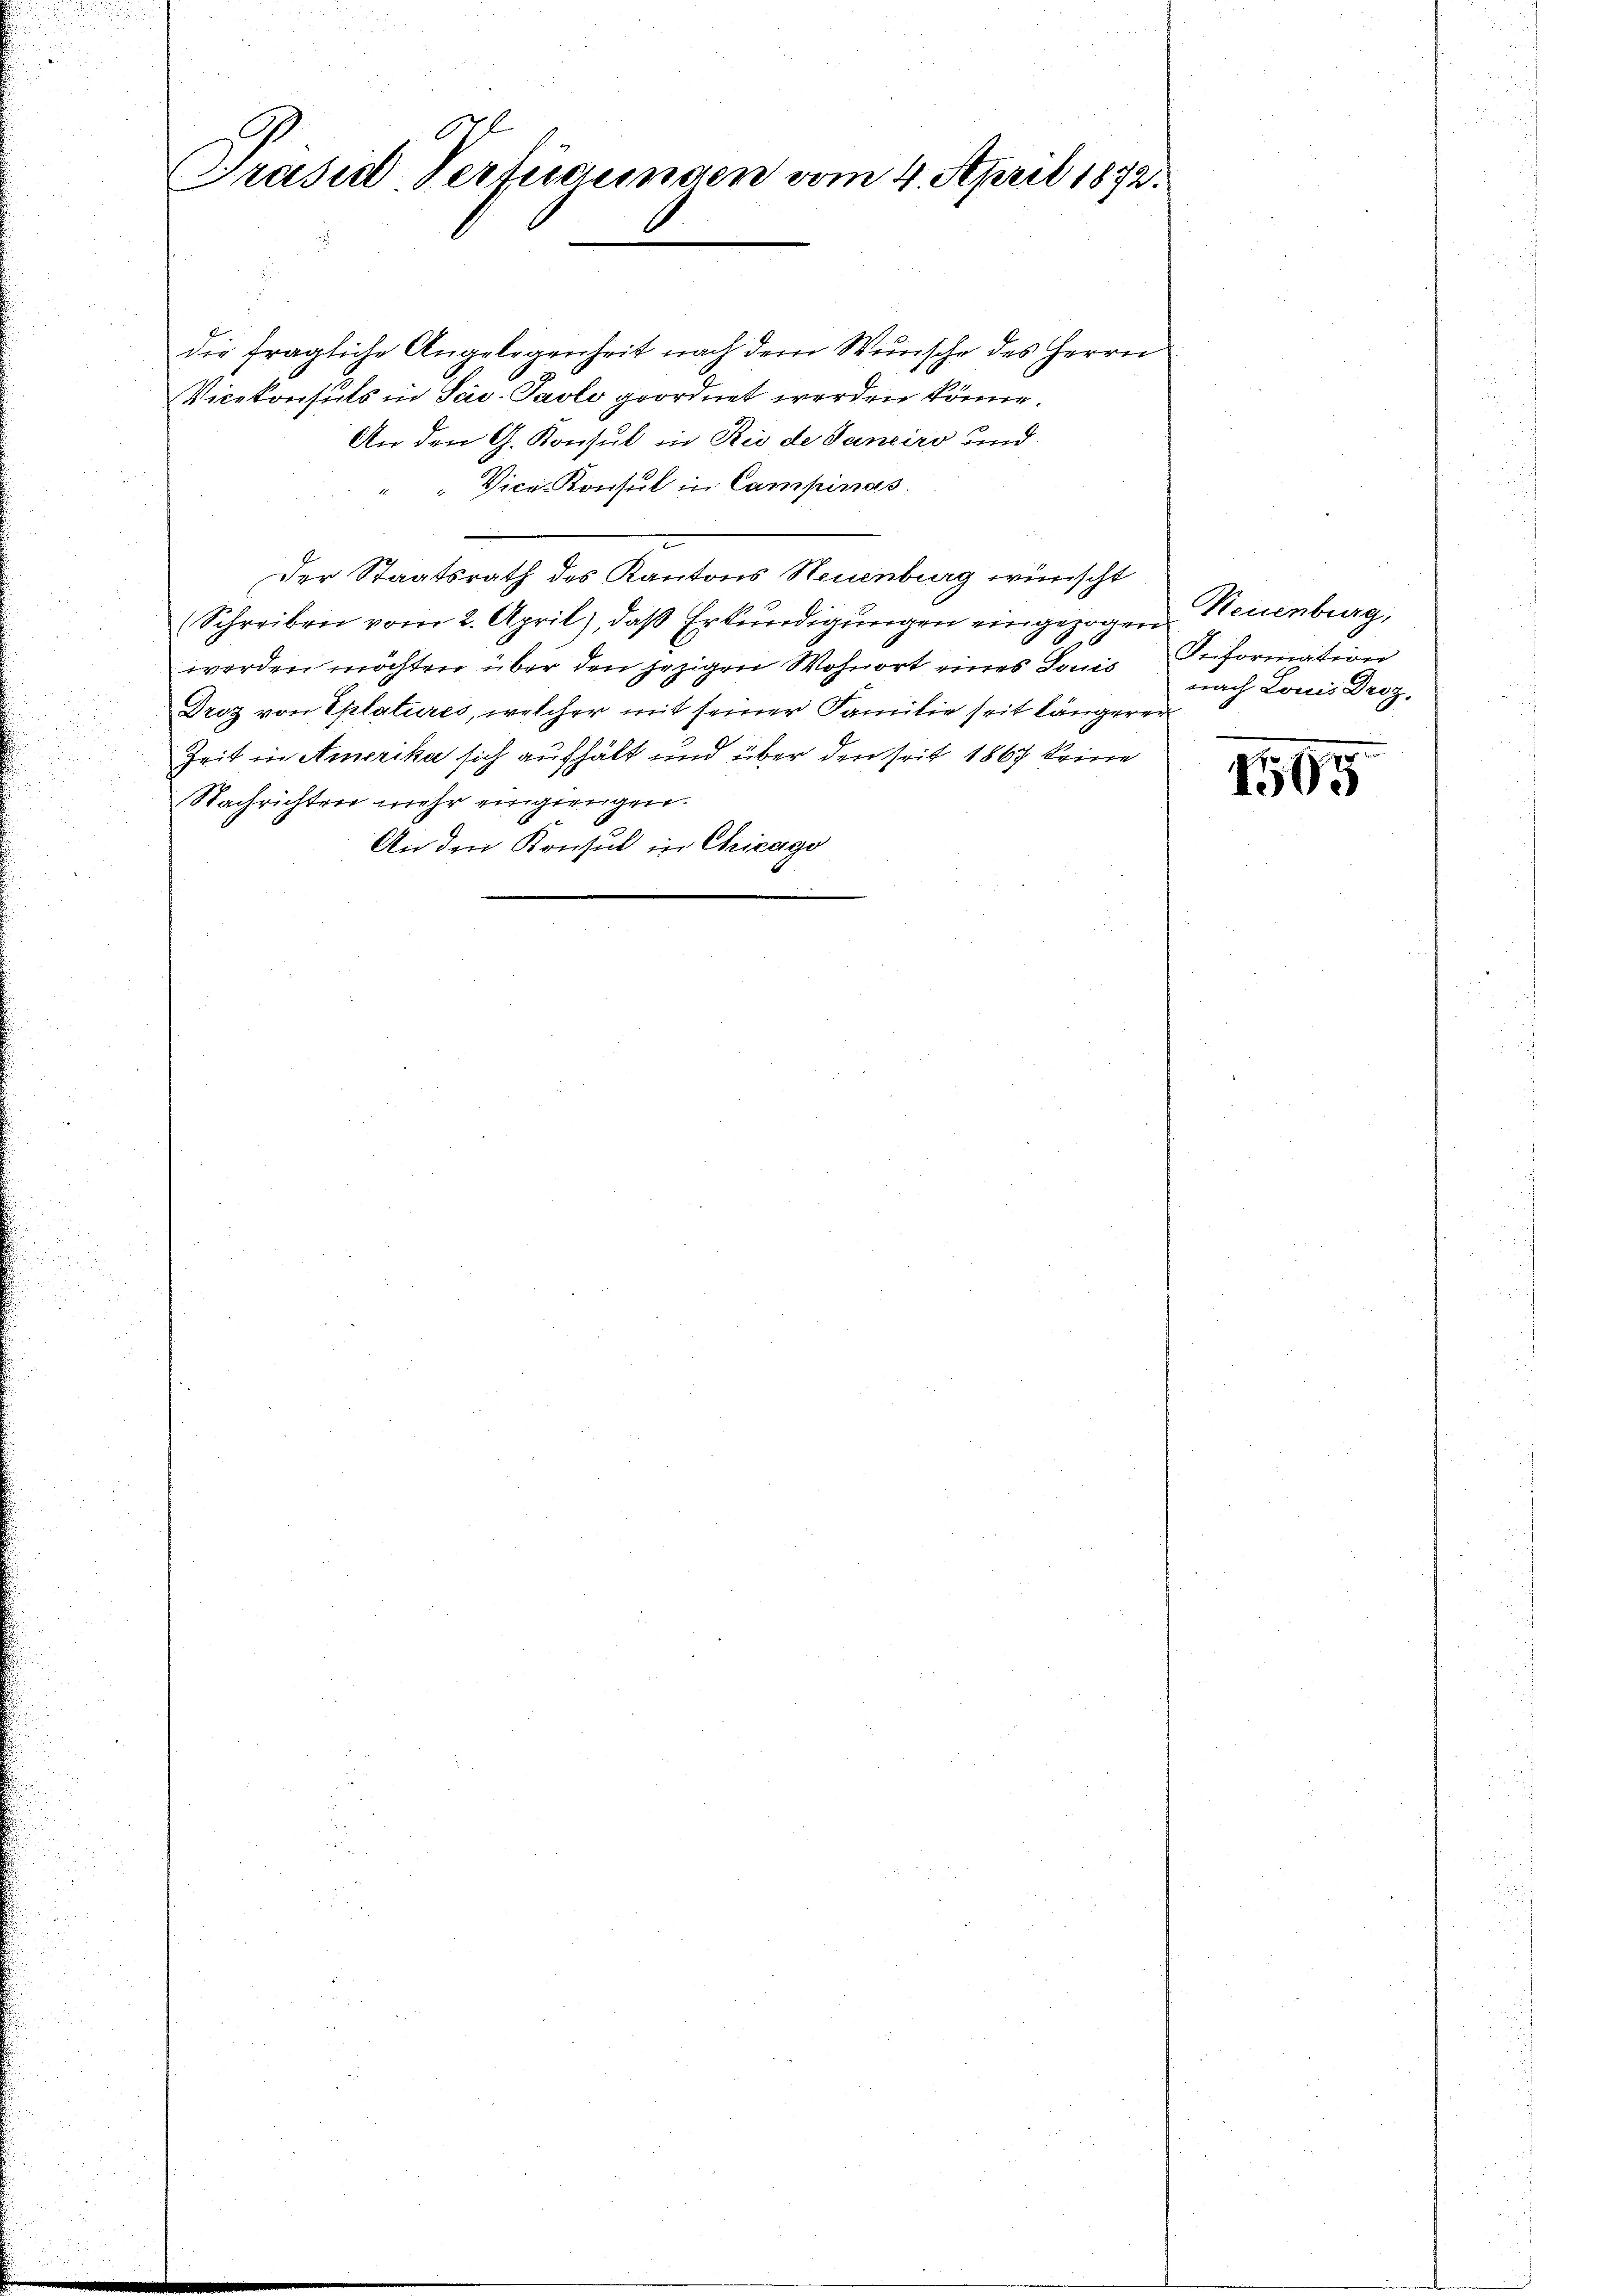
672
Präsid Vertigungen vom 4. April 1872.

die fragliche Angelegenheit nach dem Wunsche des Herrn
Vicekonsuls in Sav. Paole geordnet werden könne.
An den G. Konsul in Rio de Sanciro und
Vice-Konsul in Campinas.
Der Staatsrath des Kantons Neuenburg wünscht
Schreiben vom 2. April), daβ Erkŭndigŭngen eingezogen Neuenburg,
werden möchten über den jezigen Wohnort eines Donis nach Louis Droz.
Droz von Eplatures, welcher mit seiner Familie seit längerer
Zeit in Amerika sich aufhält und über den seit 1867 keine
Nachrichten mehr eingiengen.
An den Konsul in Chicago

Seiformation

1505